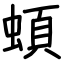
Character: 蝢